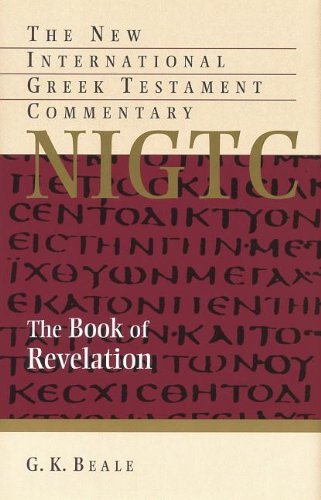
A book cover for The Book of Revelation (The New International Greek Testament Commentary); G. K. Beale; Christian Books & Bibles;